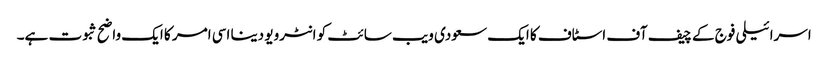
اسرائیلی فوج کے چیف آف اسٹاف کا ایک سعودی ویب سائٹ کو انٹرویو دینا اسی امر کا ایک واضح ثبوت ہے۔